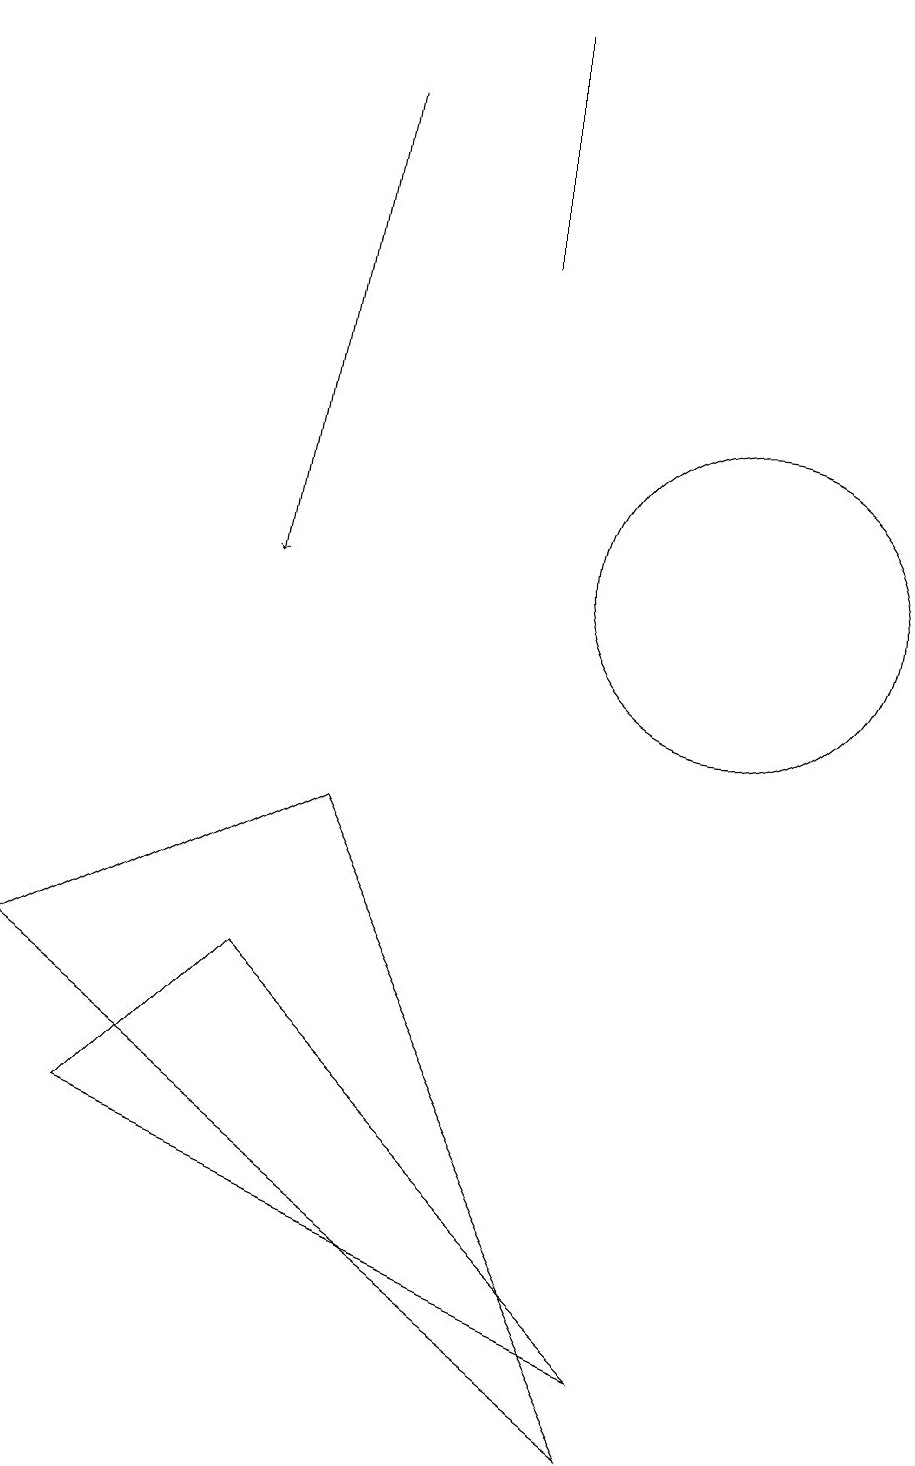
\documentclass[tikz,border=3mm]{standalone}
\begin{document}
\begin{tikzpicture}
\draw (10,11) circle (2);
\draw[->] (5,17) -- (4,11);
\draw (1,6) -- (5,8) -- (9,0) -- cycle;
\draw (7,15) rectangle (7,18);
\draw (9,1) -- (2,4) -- (4,6) -- cycle;
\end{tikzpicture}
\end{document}